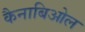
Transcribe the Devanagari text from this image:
कैनाबिओल